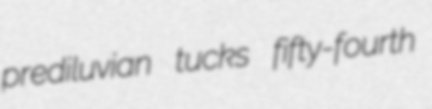
prediluvian tucks fifty-fourth